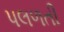
પલળતી